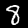
Label: 8